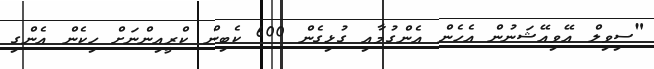
"ސިވިލް އޭވިއޭޝަނުން އެހެން އެންގުމާއި ގުޅިގެން 600 ކެބިން ކްރީއިންނަށް ހިކެން އެންގި